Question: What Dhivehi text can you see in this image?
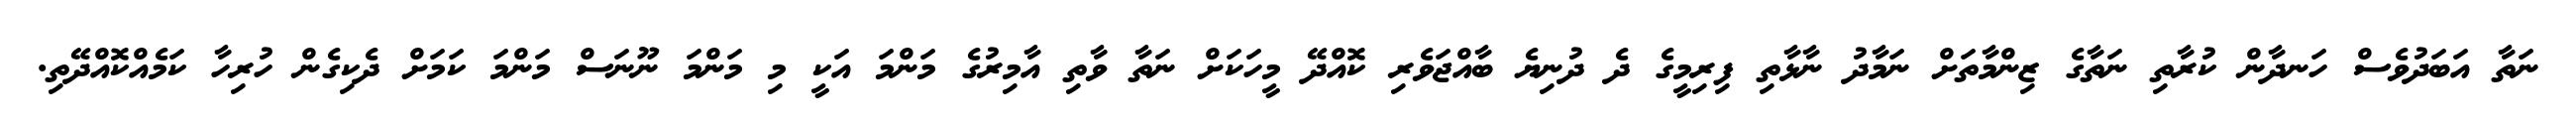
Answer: ނަތާ އަބަދުވެސް ހަނދާން ކުރާތި ނަތާގެ ޒިންމާތަށް ނަމާދު ނާޅާތި ފިރިމީގެ ދެ ދުނިޔެ ބާއްޖަވެރި ކޮއްދޭ މީހަކަށް ނަތާ ވާތި އާމިރުގެ މަންމަ އަކީ މި މަންމަ ނޫނަސް މަންމަ ކަމަށް ދެކިގެން ހުރިހާ ކަމެއްކޮއްދޭތި.